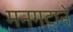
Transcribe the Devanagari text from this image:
मनगटाने